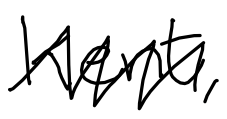
Text: Kent,
Cross-out: mix
Writing tool: digital_black